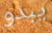
يبدو